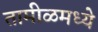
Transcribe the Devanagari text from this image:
तामीळमध्ये